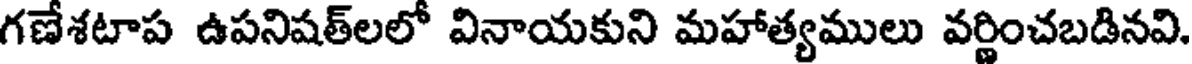
గణేశటాప ఉపనిషత్లలో వినాయకుని మహాత్యములు వర్ణించబడినవి